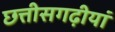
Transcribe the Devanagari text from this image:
छत्तीसगढ़ीयां